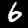
Digit: 6